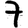
Digit: 7